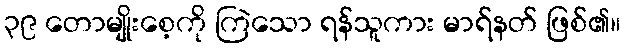
၃၉ တောမျိုးစေ့ကို ကြဲသော ရန်သူကား မာရ်နတ် ဖြစ်၏။